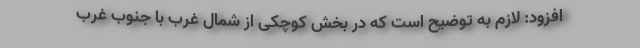
افزود: لازم به توضیح است که در بخش کوچکی از شمال غرب با جنوب غرب